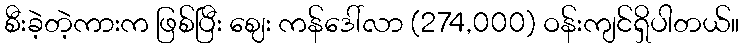
စီးခဲ့တဲ့ကားက ဖြစ်ပြီး ဈေး ကန်ဒေါ်လာ (274,000) ဝန်းကျင်ရှိပါတယ်။